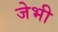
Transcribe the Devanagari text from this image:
जेभी